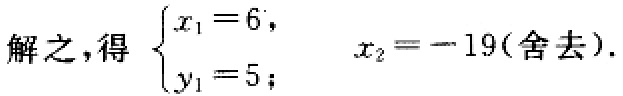
解之，得 $\begin{cases}x_{1}=6,\\y_{1}=5;\end{cases} \quad x_{2}=-19(\text{舍去}).$